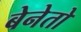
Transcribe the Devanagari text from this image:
बेनेतो